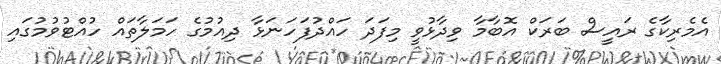
އެމެރިކާގެ ރައީސް ބަރަކް އޮބާމާ ވިދާޅުވީ މިފަދަ ހައްދުފަހަނަޅާ ދިއުމުގެ ހަމަލާތައް ހުއްޓުވުމުގައި